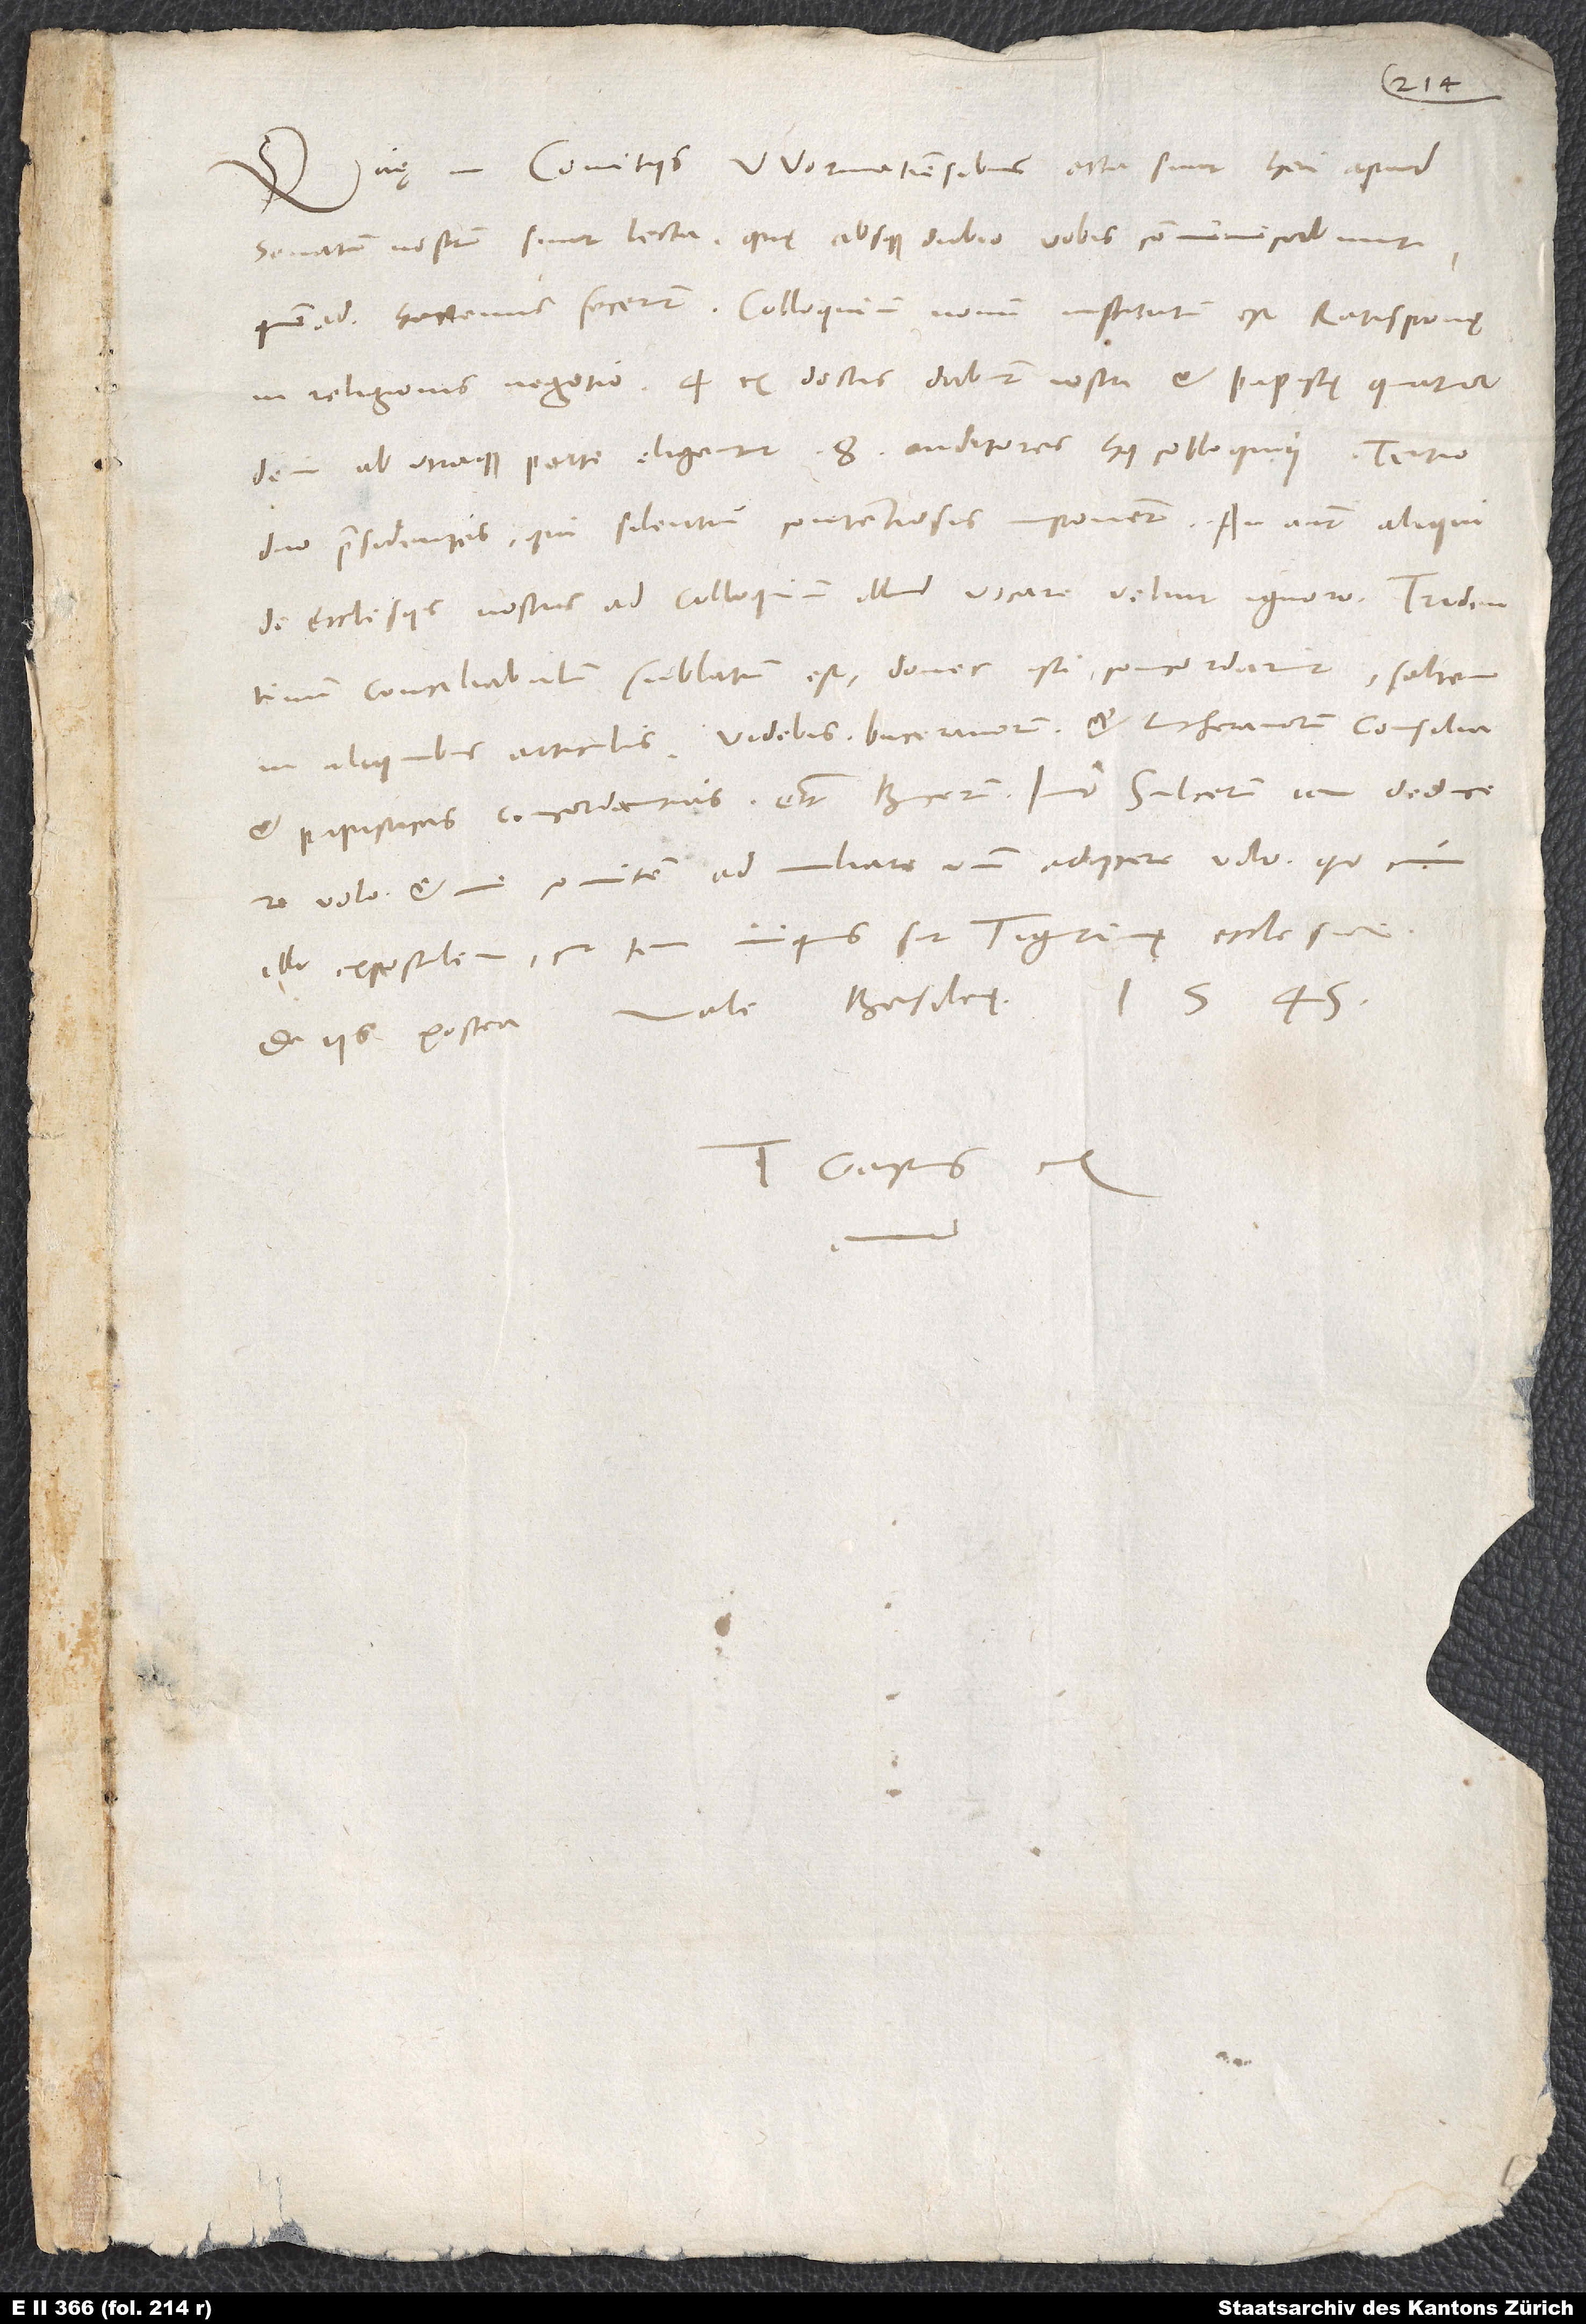
Quę in comitiis Wormatiensibus acta sunt, heri apud
senatum nostrum sunt lecta; quę absque dubio vobis communicabunt,
quemadmodum hactenus fecerunt. Colloquium novum institutum est Ratisponę
in religionis negotio, et ex doctis dabunt nostri et papistę quatuor;
dein ab utraque parte eligent 8 auditores huius colloquii; tertio
duo praesidentes, qui silentium contentiosis imponent. An autem aliqui
de ecclesiis nostris ad colloquium illud vocare velint, ignoro.
conciliabulum sublatum est, donec isti concordarint saltem
in aliquibus articulis. Videbis Buceranorum et Lutheranorum consilia
et papisticas concordantias, etc. Bucerum, imo Sulcerum iam deducere
volo et me comitem ad miliare unum adiicere volo, quo cum
illo expostulem, cur tam iniquus sit Tigurinę ecclesiae.